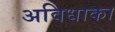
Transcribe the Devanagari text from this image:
अविधाका